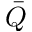
\bar { Q }